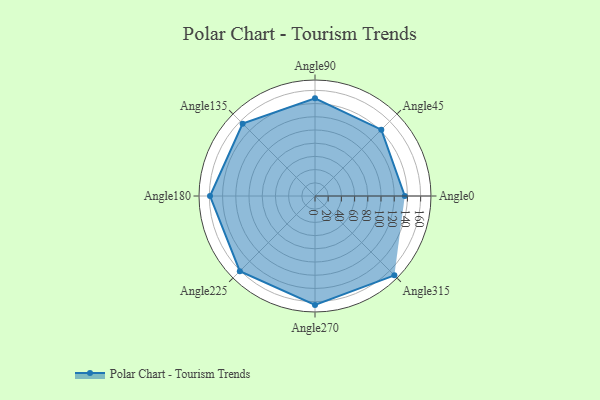
{"axis": {"x": "Angle", "y": "Radius"}, "legend": [""], "data": [{"x": "Angle0", "y": 136.0, "type": ""}, {"x": "Angle45", "y": 142.0, "type": ""}, {"x": "Angle90", "y": 148.0, "type": ""}, {"x": "Angle135", "y": 155.0, "type": ""}, {"x": "Angle180", "y": 159.0, "type": ""}, {"x": "Angle225", "y": 161.0, "type": ""}, {"x": "Angle270", "y": 165.0, "type": ""}, {"x": "Angle315", "y": 170, "type": ""}]}